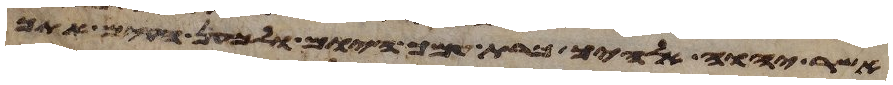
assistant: אשר יהוה אלהיך כרת עמך היום ולמען הקים אתך